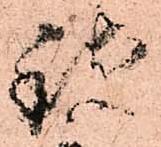
致